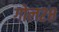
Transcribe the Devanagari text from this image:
गोल२८